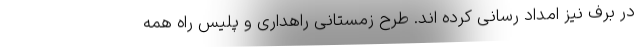
در برف نیز امداد رسانی کرده اند. طرح زمستانی راهداری و پلیس راه همه